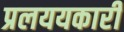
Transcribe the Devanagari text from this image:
प्रलययकारी